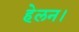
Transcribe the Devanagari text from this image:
हेलन।